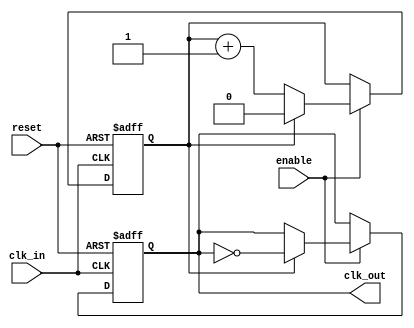
module ClockDivider #(parameter N = 2) (
    input wire clk_in,      // Input clock signal
    input wire reset,       // Asynchronous reset
    input wire enable,      // Enable signal for the clock divider
    output reg clk_out      // Output divided clock signal
);

    // Counter variable
    reg [$clog2(N)-1:0] counter; // Use $clog2 to determine the width of the counter

    // Sequential Logic
    always @(posedge clk_in or posedge reset) begin
        if (reset) begin
            counter <= 0;      // Reset counter
            clk_out <= 0;      // Reset output clock
        end else if (enable) begin
            if (counter == (N - 1)) begin
                counter <= 0;   // Reset counter when reaching N
                clk_out <= ~clk_out; // Toggle clk_out
            end else begin
                counter <= counter + 1; // Increment counter
            end
        end
    end

endmodule